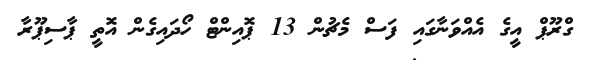
ގްރޫޕް އީގެ އެއްވަނާގައި ފަސް މެޗުން 13 ޕޮއިންޓް ހޯދައިގެން އޮތީ ޕާސިޕޫރާ